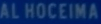
ALHOCEIMA